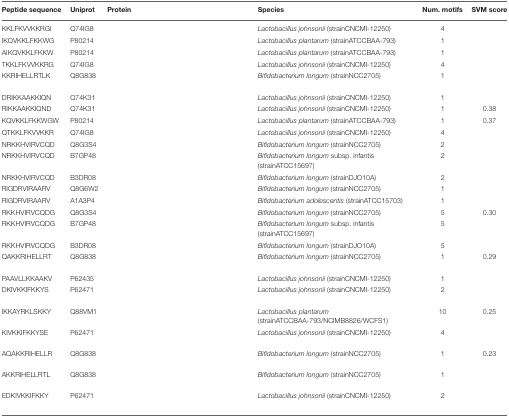
<table><thead><tr><td><b>Peptide sequence</b></td><td><b>Uniprot</b></td><td><b>Protein</b></td><td><b>Species</b></td><td><b>Num. motifs</b></td><td><b>SVM score</b></td></tr></thead><tbody><tr><td>KKLFKVVKKRGI</td><td>Q74IG8</td><td>[EMPTY_CELL]</td><td><i>Lactobacillus johnsonii</i> (strainCNCMI-12250)</td><td>4</td><td>[EMPTY_CELL]</td></tr><tr><td>IKQVKKLFKKWG</td><td>P80214</td><td>[EMPTY_CELL]</td><td><i>Lactobacillus plantarum</i> (strainATCCBAA-793)</td><td>1</td><td>[EMPTY_CELL]</td></tr><tr><td>AIKQVKKLFKKW</td><td>P80214</td><td>[EMPTY_CELL]</td><td><i>Lactobacillus plantarum</i> (strainATCCBAA-793)</td><td>1</td><td>[EMPTY_CELL]</td></tr><tr><td>TKKLFKVVKKRG</td><td>Q74IG8</td><td>[EMPTY_CELL]</td><td><i>Lactobacillus johnsonii</i> (strainCNCMI-12250)</td><td>4</td><td>[EMPTY_CELL]</td></tr><tr><td>KKRIHELLRTLK</td><td>Q8G838</td><td>[EMPTY_CELL]</td><td><i>Bifidobacterium longum</i> (strainNCC2705)</td><td>1</td><td>[EMPTY_CELL]</td></tr><tr><td>DRIKKAAKKIQN</td><td>Q74K31</td><td>[EMPTY_CELL]</td><td><i>Lactobacillus johnsonii</i> (strainCNCMI-12250)</td><td>1</td><td>[EMPTY_CELL]</td></tr><tr><td>RIKKAAKKIQND</td><td>Q74K31</td><td>[EMPTY_CELL]</td><td><i>Lactobacillus johnsonii</i> (strainCNCMI-12250)</td><td>1</td><td>0.38</td></tr><tr><td>KQVKKLFKKWGW</td><td>P80214</td><td>[EMPTY_CELL]</td><td><i>Lactobacillus plantarum</i> (strainATCCBAA-793)</td><td>1</td><td>0.37</td></tr><tr><td>QTKKLFKVVKKR</td><td>Q74IG8</td><td>[EMPTY_CELL]</td><td><i>Lactobacillus johnsonii</i> (strainCNCMI-12250)</td><td>4</td><td>[EMPTY_CELL]</td></tr><tr><td>NRKKHVIRVCQD</td><td>Q8G3S4</td><td>[EMPTY_CELL]</td><td><i>Bifidobacterium longum</i> (strainNCC2705)</td><td>2</td><td>[EMPTY_CELL]</td></tr><tr><td>NRKKHVIRVCQD</td><td>B7GP48</td><td>[EMPTY_CELL]</td><td><i>Bifidobacterium longum</i> subsp. infantis (strainATCC15697)</td><td>2</td><td>[EMPTY_CELL]</td></tr><tr><td>NRKKHVIRVCQD</td><td>B3DR08</td><td>[EMPTY_CELL]</td><td><i>Bifidobacterium longum</i> (strainDJO10A)</td><td>2</td><td>[EMPTY_CELL]</td></tr><tr><td>RIGDRVIRAARV</td><td>Q8G6W2</td><td>[EMPTY_CELL]</td><td><i>Bifidobacterium longum</i> (strainNCC2705)</td><td>1</td><td>[EMPTY_CELL]</td></tr><tr><td>RIGDRVIRAARV</td><td>A1A3P4</td><td>[EMPTY_CELL]</td><td><i>Bifidobacterium adolescentis</i> (strainATCC15703)</td><td>1</td><td>[EMPTY_CELL]</td></tr><tr><td>RKKHVIRVCQDG</td><td>Q8G3S4</td><td>[EMPTY_CELL]</td><td><i>Bifidobacterium longum</i> (strainNCC2705)</td><td>5</td><td>0.30</td></tr><tr><td>RKKHVIRVCQDG</td><td>B7GP48</td><td>[EMPTY_CELL]</td><td><i>Bifidobacterium longum</i> subsp. infantis (strainATCC15697)</td><td>5</td><td>[EMPTY_CELL]</td></tr><tr><td>RKKHVIRVCQDG</td><td>B3DR08</td><td>[EMPTY_CELL]</td><td><i>Bifidobacterium longum</i> (strainDJO10A)</td><td>5</td><td>[EMPTY_CELL]</td></tr><tr><td>QAKKRIHELLRT</td><td>Q8G838</td><td>[EMPTY_CELL]</td><td><i>Bifidobacterium longum</i> (strainNCC2705)</td><td>1</td><td>0.29</td></tr><tr><td>PAAVLLKKAAKV</td><td>P62435</td><td>[EMPTY_CELL]</td><td><i>Lactobacillus johnsonii</i> (strainCNCMI-12250)</td><td>1</td><td>[EMPTY_CELL]</td></tr><tr><td>DKIVKKIFKKYS</td><td>P62471</td><td>[EMPTY_CELL]</td><td><i>Lactobacillus johnsonii</i> (strainCNCMI-12250)</td><td>2</td><td>[EMPTY_CELL]</td></tr><tr><td>IKKAYRKLSKKY</td><td>Q88VM1</td><td>[EMPTY_CELL]</td><td><i>Lactobacillus plantarum</i> (strainATCCBAA-793/NCIMB8826/WCFS1)</td><td>10</td><td>0.25</td></tr><tr><td>KIVKKIFKKYSE</td><td>P62471</td><td>[EMPTY_CELL]</td><td><i>Lactobacillus johnsonii</i> (strainCNCMI-12250)</td><td>4</td><td>[EMPTY_CELL]</td></tr><tr><td>AQAKKRIHELLR</td><td>Q8G838</td><td>[EMPTY_CELL]</td><td><i>Bifidobacterium longum</i> (strainNCC2705)</td><td>1</td><td>0.23</td></tr><tr><td>AKKRIHELLRTL</td><td>Q8G838</td><td>[EMPTY_CELL]</td><td><i>Bifidobacterium longum</i> (strainNCC2705)</td><td>1</td><td>[EMPTY_CELL]</td></tr><tr><td>EDKIVKKIFKKY</td><td>P62471</td><td>[EMPTY_CELL]</td><td><i>Lactobacillus johnsonii</i> (strainCNCMI-12250)</td><td>2</td><td>[EMPTY_CELL]</td></tr></tbody></table>